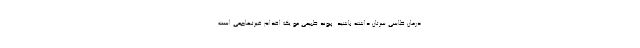
درمان طاسی سرتان داشته باشید. پیوند طبیعی مو یک اقدام غیرتهاجمی است